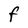
Character: F